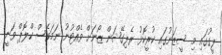
ލީގުގައި މި ސީޒަނުގައި ކުރީކޮޅު ރެލިގޭޝަން ޒޯނަށް ވެއްޓުނު ނަމަވެސް ކްލޮޕް ވަނީ